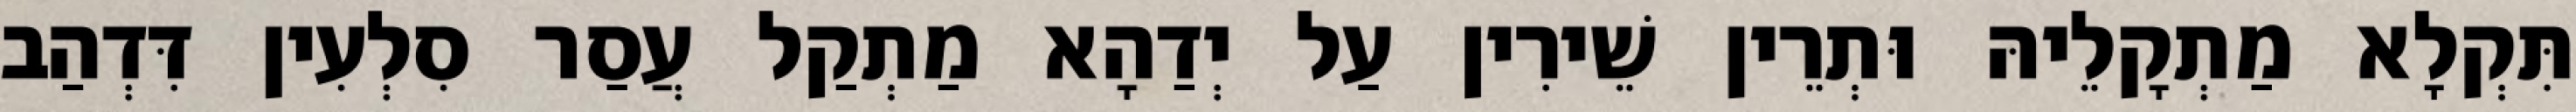
תִּקְלָא מַתְקָלֵיהּ וּתְרֵין שֵׁירִין עַל יְדַהָא מַתְקַל עֲסַר סִלְעִין דִּדְהַב